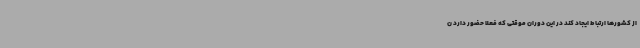
از کشورها ارتباط ایجاد کند در این دوران موقتی که فعلا حضور دارد ن